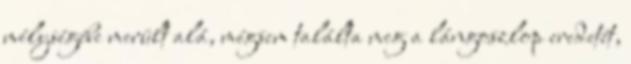
mélységébe merült alá, mégsem találta meg a lángoszlop eredetét,